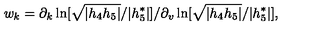
w _ { k } = \partial _ { k } \ln [ \sqrt { | h _ { 4 } h _ { 5 } | } / | h _ { 5 } ^ { \ast } | ] / \partial _ { v } \ln [ \sqrt { | h _ { 4 } h _ { 5 } | } / | h _ { 5 } ^ { \ast } | ] ,